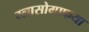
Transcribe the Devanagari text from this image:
ग्लासोग्राफया